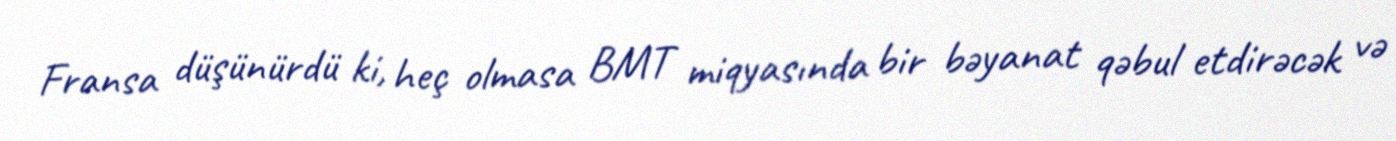
Fransa düşünürdü ki, heç olmasa BMT miqyasında bir bəyanat qəbul etdirəcək və